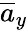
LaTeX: \overline{{a}}_{y}